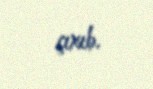
çıxıb.